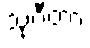
သုဂီတာ